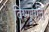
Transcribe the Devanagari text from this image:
विष्णुपति